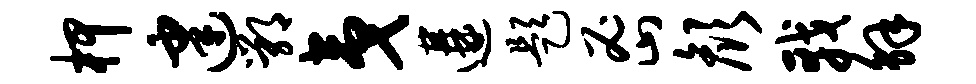
柙建鄂夷遘题密颜戟解